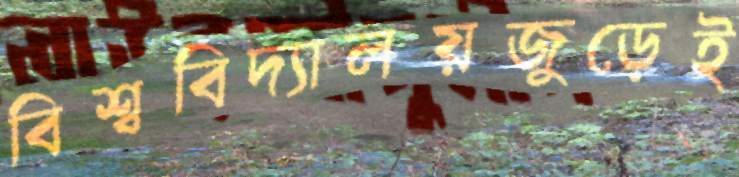
বিশ্ববিদ্যালয়জুড়েই